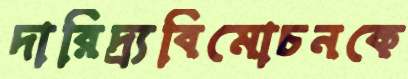
দারিদ্র্যবিমোচনকে